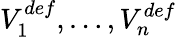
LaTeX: V_{1}^{def},\ldots,V_{n}^{def}